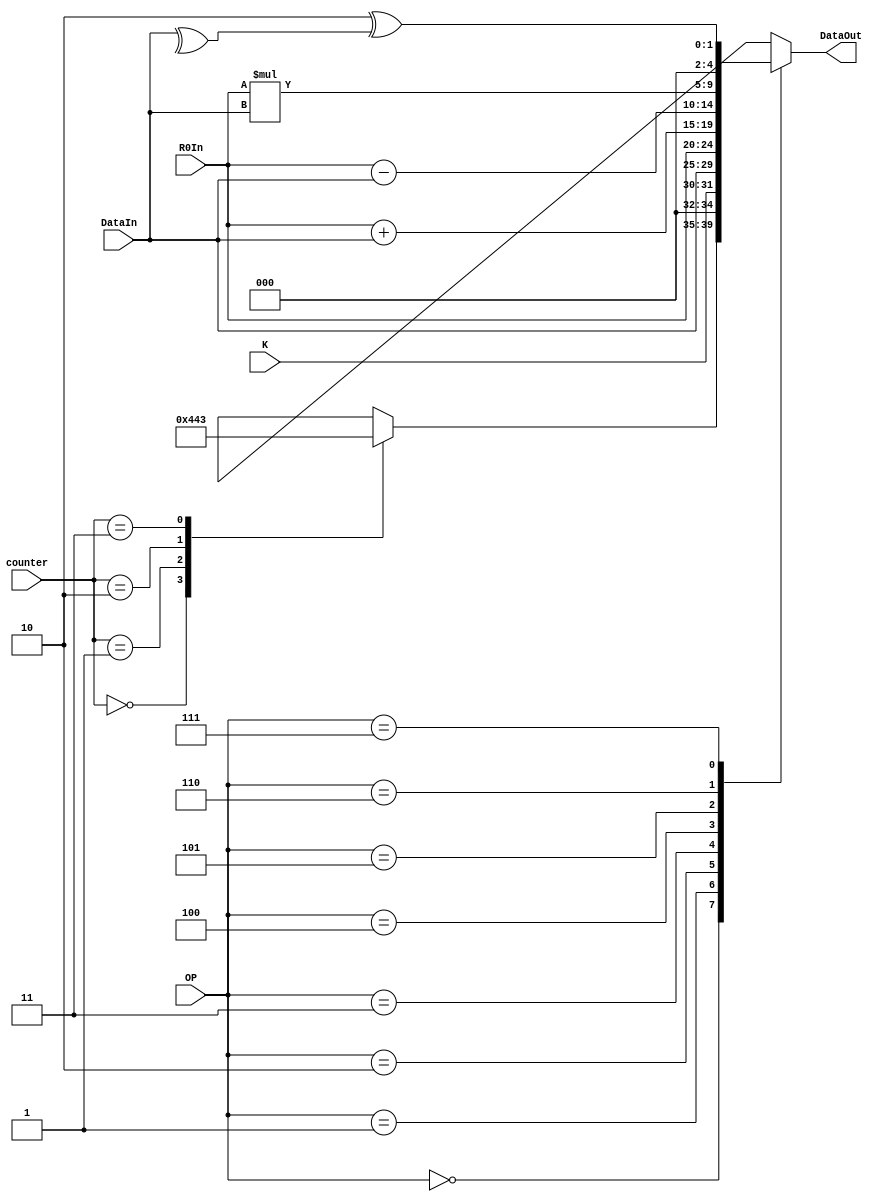
module ALU (DataIn, R0In, OP, DataOut, counter, K);
	input [4:0]DataIn, R0In;
	input[2:0]OP;
	input[1:0]K;
	input [1:0]counter;
	output [4:0]DataOut;
	reg [4:0]DataOut;

	
	always@(DataIn, R0In, OP, counter, K)
		begin
			case(OP)
			3'b000:
				begin
					case(counter)
						2'b00:DataOut = 0;
						2'b01:DataOut = 1;
						2'b10:DataOut = 2;
						2'b11:DataOut = 3;
					endcase
				end
				
			3'b001:DataOut = K;
			
			3'b010:DataOut = DataIn;
			
			3'b011:DataOut = R0In;
			
			3'b100:DataOut = R0In + DataIn;
			
			3'b101:DataOut = R0In - DataIn;
			
			3'b110:DataOut = R0In * DataIn;
			
			3'b111:DataOut = 2^^DataIn;
			
			endcase
		end
endmodule